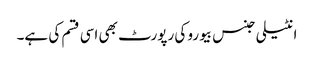
انٹیلی جنس بیورو کی رپورٹ بھی اسی قسم کی ہے۔